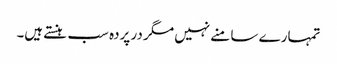
تمہارے سا منے نہیں مگر در پردہ سب ہنستے ہیں۔